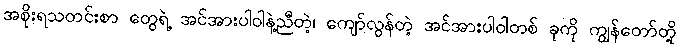
အစိုးရသတင်းစာ တွေရဲ့ အင်အားပါဝါနဲ့ညီတဲ့၊ ကျော်လွန်တဲ့ အင်အားပါဝါတစ် ခုကို ကျွန်တော်တို့